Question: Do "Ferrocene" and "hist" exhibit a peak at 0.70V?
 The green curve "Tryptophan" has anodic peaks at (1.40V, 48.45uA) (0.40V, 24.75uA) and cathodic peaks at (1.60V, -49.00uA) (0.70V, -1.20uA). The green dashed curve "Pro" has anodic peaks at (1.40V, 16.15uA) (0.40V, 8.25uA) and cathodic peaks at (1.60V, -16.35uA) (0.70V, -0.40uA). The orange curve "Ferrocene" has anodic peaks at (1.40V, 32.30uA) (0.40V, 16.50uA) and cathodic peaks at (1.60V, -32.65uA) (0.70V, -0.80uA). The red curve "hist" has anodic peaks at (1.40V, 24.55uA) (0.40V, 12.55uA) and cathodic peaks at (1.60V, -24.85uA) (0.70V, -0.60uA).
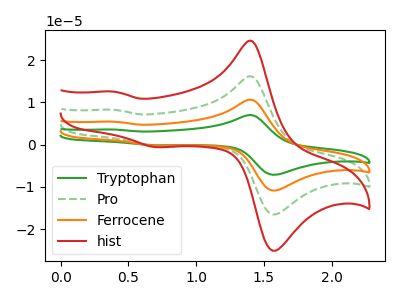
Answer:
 <answer>Yes, "Ferrocene" and "hist" share a peak at 0.70V.</answer>
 <eval>match</eval>